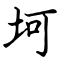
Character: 坷